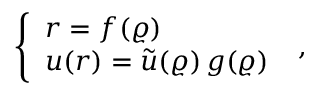
\left\{ \begin{array} { l } { { r = f ( \varrho ) \nonumber } } \\ { { u ( r ) = \widetilde { u } ( \varrho ) \, g ( \varrho ) } } \end{array} \right. \; ,